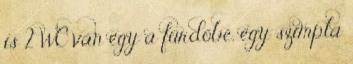
is 2 WC van egy a fürdőbe, egy szimpla